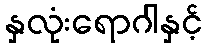
နှလုံးရောဂါနှင့်